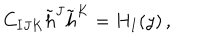
C _ { I J K } \tilde { h } ^ { J } \tilde { h } ^ { K } = H _ { I } ( y ) \, ,